NAE_EAA_P-1050_Enda_Kallas, lk 16
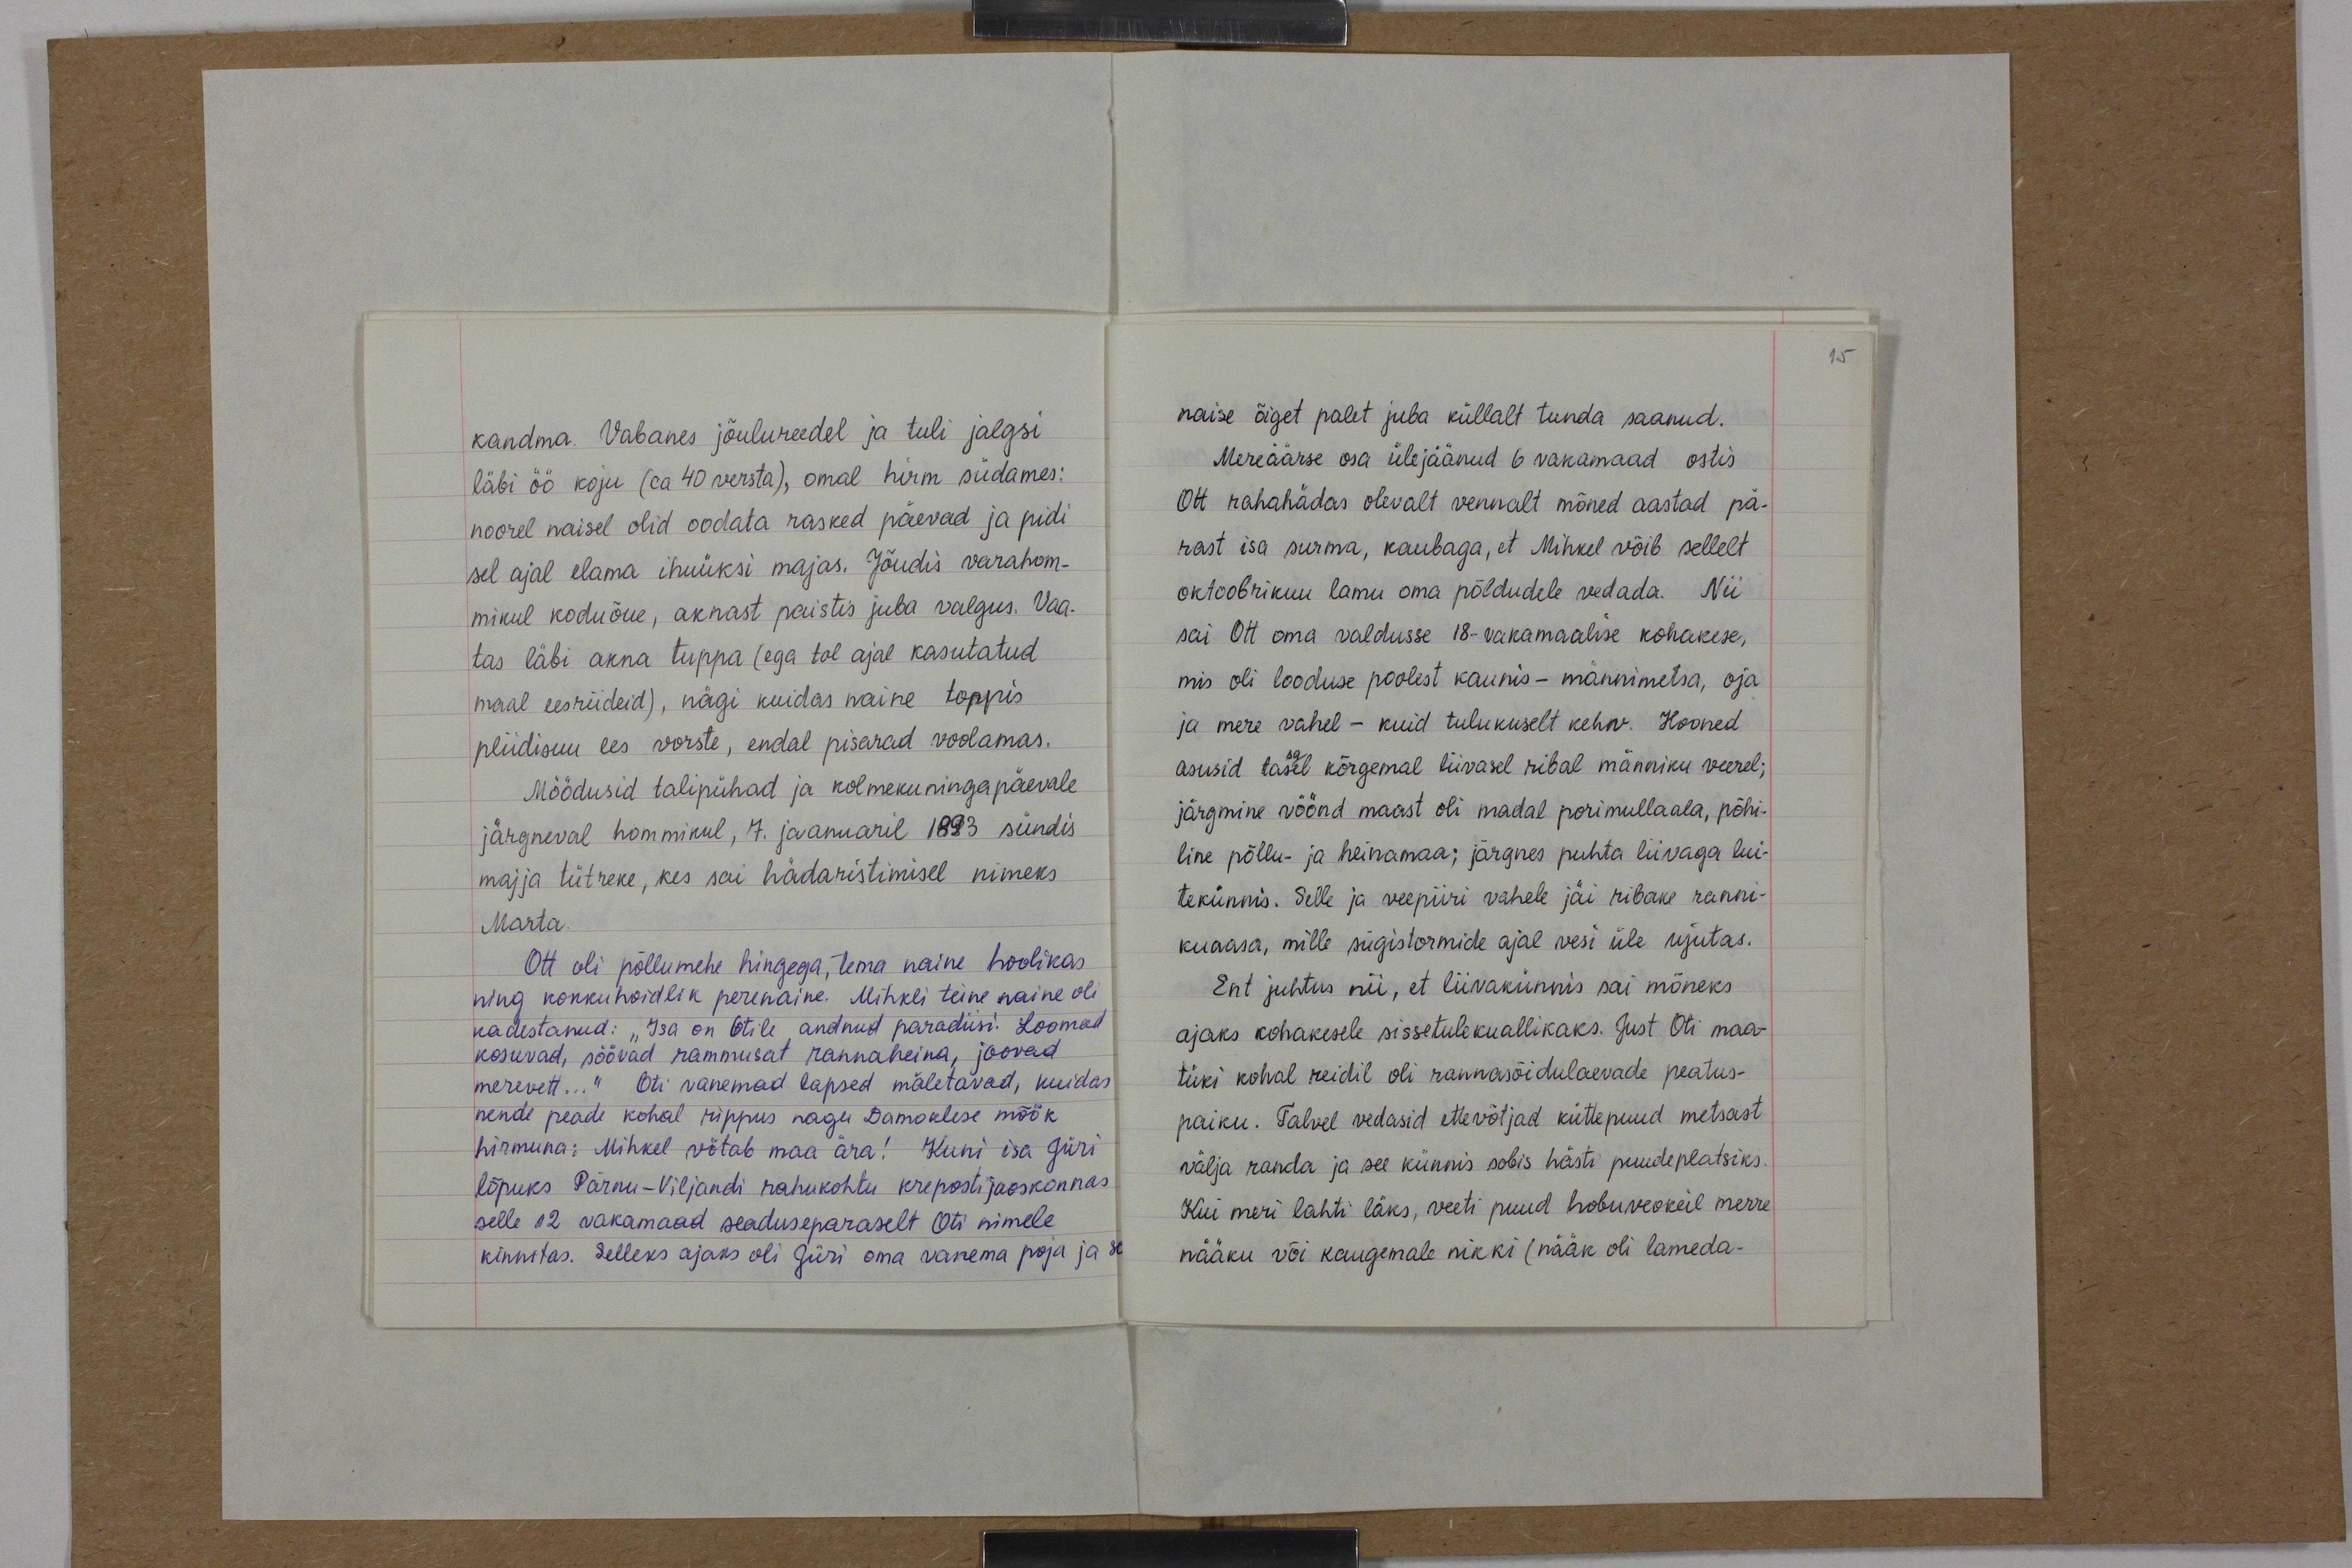
15

kandma. Vabanes jõulureedel ja tuli jalgsi
läbi öö koju (ca 40 versta), omal hirm südames:
noorel naisel olid oodata rasked päevad ja pidi
sel ajal elama ihuüksi majas. Jõudis varahom-
minul koduõue, aknast paistis juba valgus. Vaa-
tas läbi akna tuppa (ega tol ajal kasutatud
maal eesriideid), nägi kuidas naine toppis
pliidisuu ees vorste, endal pisarad voolamas.
Möödusid talipühad ja kolmekuningapäevale
järgneval hommikul, 7. jaanuaril 1893 sündis
majja tütreke, kes sai hädaristimisel nimeks
Marta.
Ott oli põllumehe hingega, tema naine hoolikas
ning kokkuhoidlik perenaine. Mihkli teine naine oli
kadestanud: "Isa on Otile andnud paradiisi. Loomad
kosuvad, söövad rammusat rannaheina, joovad
merevett...“ Oti vanemad lapsed mäletavad, kuidas
nende peade kohal rippus nagu Damoklese mõõk
hirmuna: Mihkel võtab maa ära! Kuni isa Jüri
lõpuks Pärnu-Viljandi rahukohtu krepostijaoskonnas
selle 12 vakamaad seaduseparaselt Oti nimele
kinnitas. Selleks ajaks oli Jüri oma vanema poja ja se

naise õiget palet juba küllalt tunda saanud.
Mereäärse osa ülejäänud 6 vanamaad ostis
Ott rahahädas olevalt vennalt mõned aastad pä-
rast isa surma, kaubaga, et Mihkel võib sellelt
oktoobrikuu lamu oma põldudele vedada. Nii
sai Ott oma valdusse 18-vakamaalise kohakese,
mis oli looduse poolest kaunis - männimetsa, oja
ja mere vahel - kuid tulukuselt keha. Hooned
asusid tasel kõrgemal liivasel ribal männiku veerel;
järgmine vöönd maast oli madal porimullaala, põhi-
line põllu- ja heinamaa; järgnes puhta liivaga lui-
tekünnis. Selle ja veepiiri vahele jäi ribake ranni-
kuaasa, mille sügistormide ajal vesi üle ujutas.
Ent juhtus nii, et liivakünnis sai mõneks
ajaks kohakesele sissetulekuallikaks. Just Oti maa-
tüki kohal reidil oli rannasõidulaevade peatus-
paiku. Talvel vedasid ettevõtjad küttepuud metsast
välja randa ja see künnis sobis hästi puudeplatsiks.
Kui meri lahti läks, veeti puud hobuveokeil merre
nääku või kaugemale nikki (nääk oli lameda-